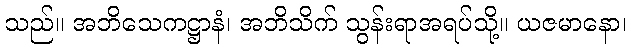
သည်။ အဘိသေကဋ္ဌာနံ၊ အဘိသိက် သွန်းရာအရပ်သို့။ ယဇမာနော၊